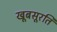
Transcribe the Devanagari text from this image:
खूबसूरति